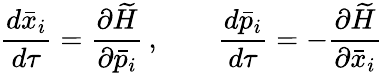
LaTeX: \frac{d\bar{x}_{i}}{d\tau}=\frac{\partial\widetilde{H}}{\partial\bar{p}_{i}}\, ,\qquad\frac{d\bar{p}_{i}}{d\tau}=-\frac{\partial\widetilde{H}}{\partial\bar{x}_{i}}